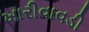
ખારીવાવડી